King Institute of Preventive Medicine Micro-Biological Section reports 1909-11
Year: 1909
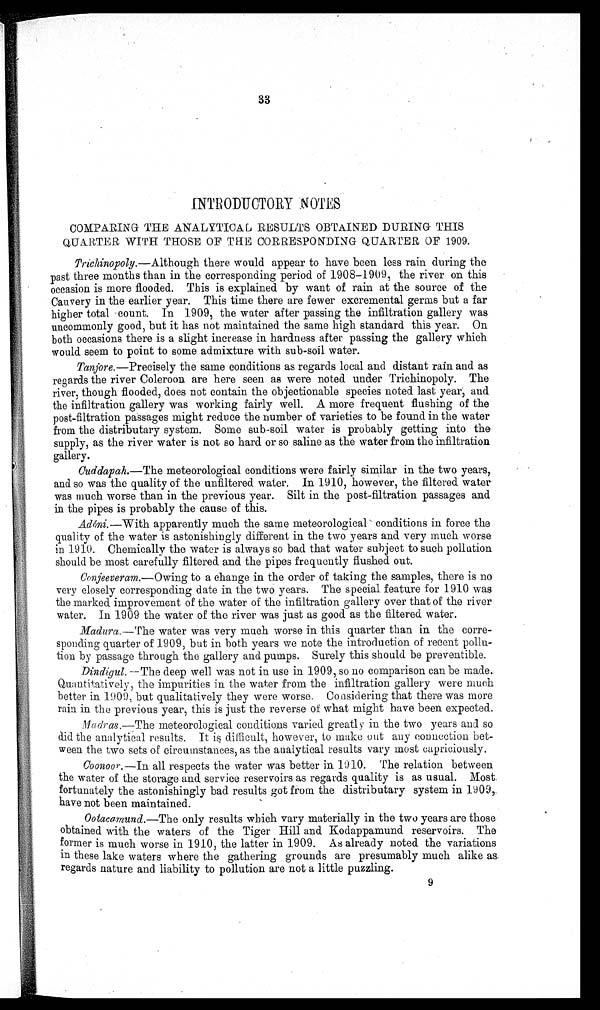
33
INTRODUCTORY NOTES
COMPARING THE ANALYTICAL RESULTS OBTAINED DURING THIS
QUARTER WITH THOSE OF THE CORRESPONDING QUARTER OF 1909.
Trichinopoly.— Although there would appear to have been less rain during the
past three months than in the corresponding period of 1908–1909, the river on this
occasion is more flooded. This is explained by want of rain at the source of the
Cauvery in the earlier year. This time there are fewer excremental germs but a far
higher total count. In 1909, the water after passing the infiltration gallery was
uncommonly good, but it has not maintained the same high standard this year. On
both occasions there is a slight increase in hardness after passing the gallery which
would seem to point to some admixture with sub-soil water.
Tanjore.—Precisely the same conditions as regards local and distant rain and as
regards the river Coleroon are here seen as were noted under Trichinopoly. The
river, though flooded, does not contain the objectionable species noted last year, and
the infiltration gallery was working fairly well. A more frequent flushing of the
post-filtration passages might reduce the number of varieties to be found in the water
from the distributary system. Some sub-soil water is probably getting into the
supply, as the river water is not so hard or so saline as the water from the infiltration
gallery.
Cuddapah.—The meteorological conditions were fairly similar in the two years,
and so was the quality of the unfiltered water. In 1910, however, the filtered water
was much worse than in the previous year. Silt in the post-filtration passages and
in the pipes is probably the cause of this.
Adóni. —With apparently much the same meteorological conditions in force the
quality of the water is astonishingly different in the two years and very much worse
in 1910. Chemically the water is always so bad that water subject to such pollution
should be most carefully filtered and the pipes frequently flushed out.
Conjeeveram.— Owing to a change in the order of taking the samples, there is no
very closely corresponding date in the two years, The special feature for 1910 was
the marked improvement of the water of the infiltration gallery over that of the river
water. In 1909 the water of the river was just as good as the filtered water.
Madura.—The water was very much worse in this quarter than in the corre-
sponding quarter of 1909 ; but in both years we note the introduction of recent pollu-
- t i o n b y
p a s s a g e t h r o u g h
t h e g a l l e r y a n d p u m p s . S u r e l y t h i s s h o u l d b e p r e v e n t i b l e .
Dindigul.— The deep well was not in use in 1909, so no comparison can be made.
Q u a n t i t a t i v e l y ,
t h e i m p u r i t i e s i n
t h e w a t e r f r o m t h e i n f i l t r a t i o n g a l l e r y w e r e m u c h
better in 1909, but qualitatively they were worse. Considering that there was more
rain in the previous year, this is just the reverse of what might have been expected.
Madras.—The meteorological conditions varied greatly in the two years and so
did the analytical results. It is difficult, however, to make out any connection bet-
- w e e n t h e t w o s e t s o f c i r c u m s t a n c e s , a s t h e a n a l y t i c a l r e s u l t s v a r y m o s t c a p r i c i o u s l y .
Coonoor.— In all respects the water was better in 1910. The relation between
the water of the storage and service reservoirs as regards quality is as usual. Most
fortunately the astonishingly bad results got from le distributary system in 1909,
have not been maintained.
Ootacamund.— The only results which vary materially in the two years are those
obtained with the waters of the Tiger Hill and Kodappamund reservoirs. The
former is much worse in 1910, the latter in 1909. As already noted the variations
in these lake waters where the gathering grounds are presumably much alike as
regards nature and liability to pollution are not a little puzzling.
9